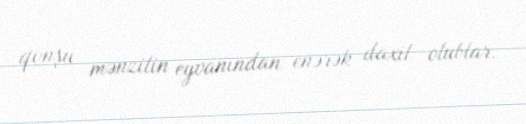
qonşu mənzilin eyvanından enərək daxil olublar.